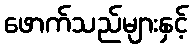
ဖောက်သည်များနှင့်